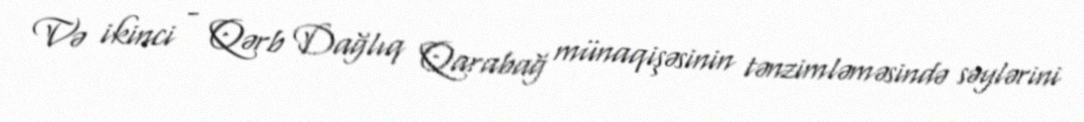
Və ikinci - Qərb Dağlıq Qarabağ münaqişəsinin tənzimləməsində səylərini